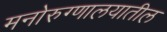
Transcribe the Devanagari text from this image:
मनोरुग्णालयातील